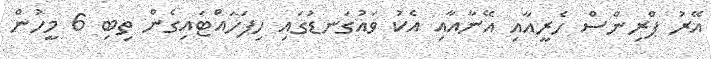
އޭރު ޕްރިންސް ހެރީއާއި އޭނާއާއި އެކު ވައުގަނޑުގައި ހިފަހައްޓައިގެން ތިބި 6 މީހުން